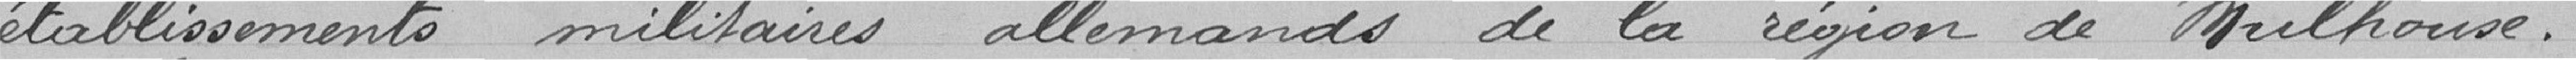
établissements militaires allemands de la région de Mulhouse.